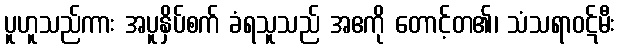
ပူဟူသည်ကား အပူနှိပ်စက် ခံရသူသည် အဧကို တောင့်တ၏၊ သံသရာဝဋ်မီး